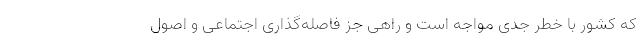
که کشور با خطر جدی مواجه است و راهی جز فاصله‌گذاری اجتماعی و اصول